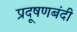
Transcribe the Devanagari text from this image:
प्रदूषणबंदी